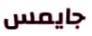
جايمس